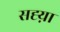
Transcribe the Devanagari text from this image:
सह्य़ा